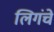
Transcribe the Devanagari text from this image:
लिगंचे